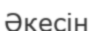
Әкесін